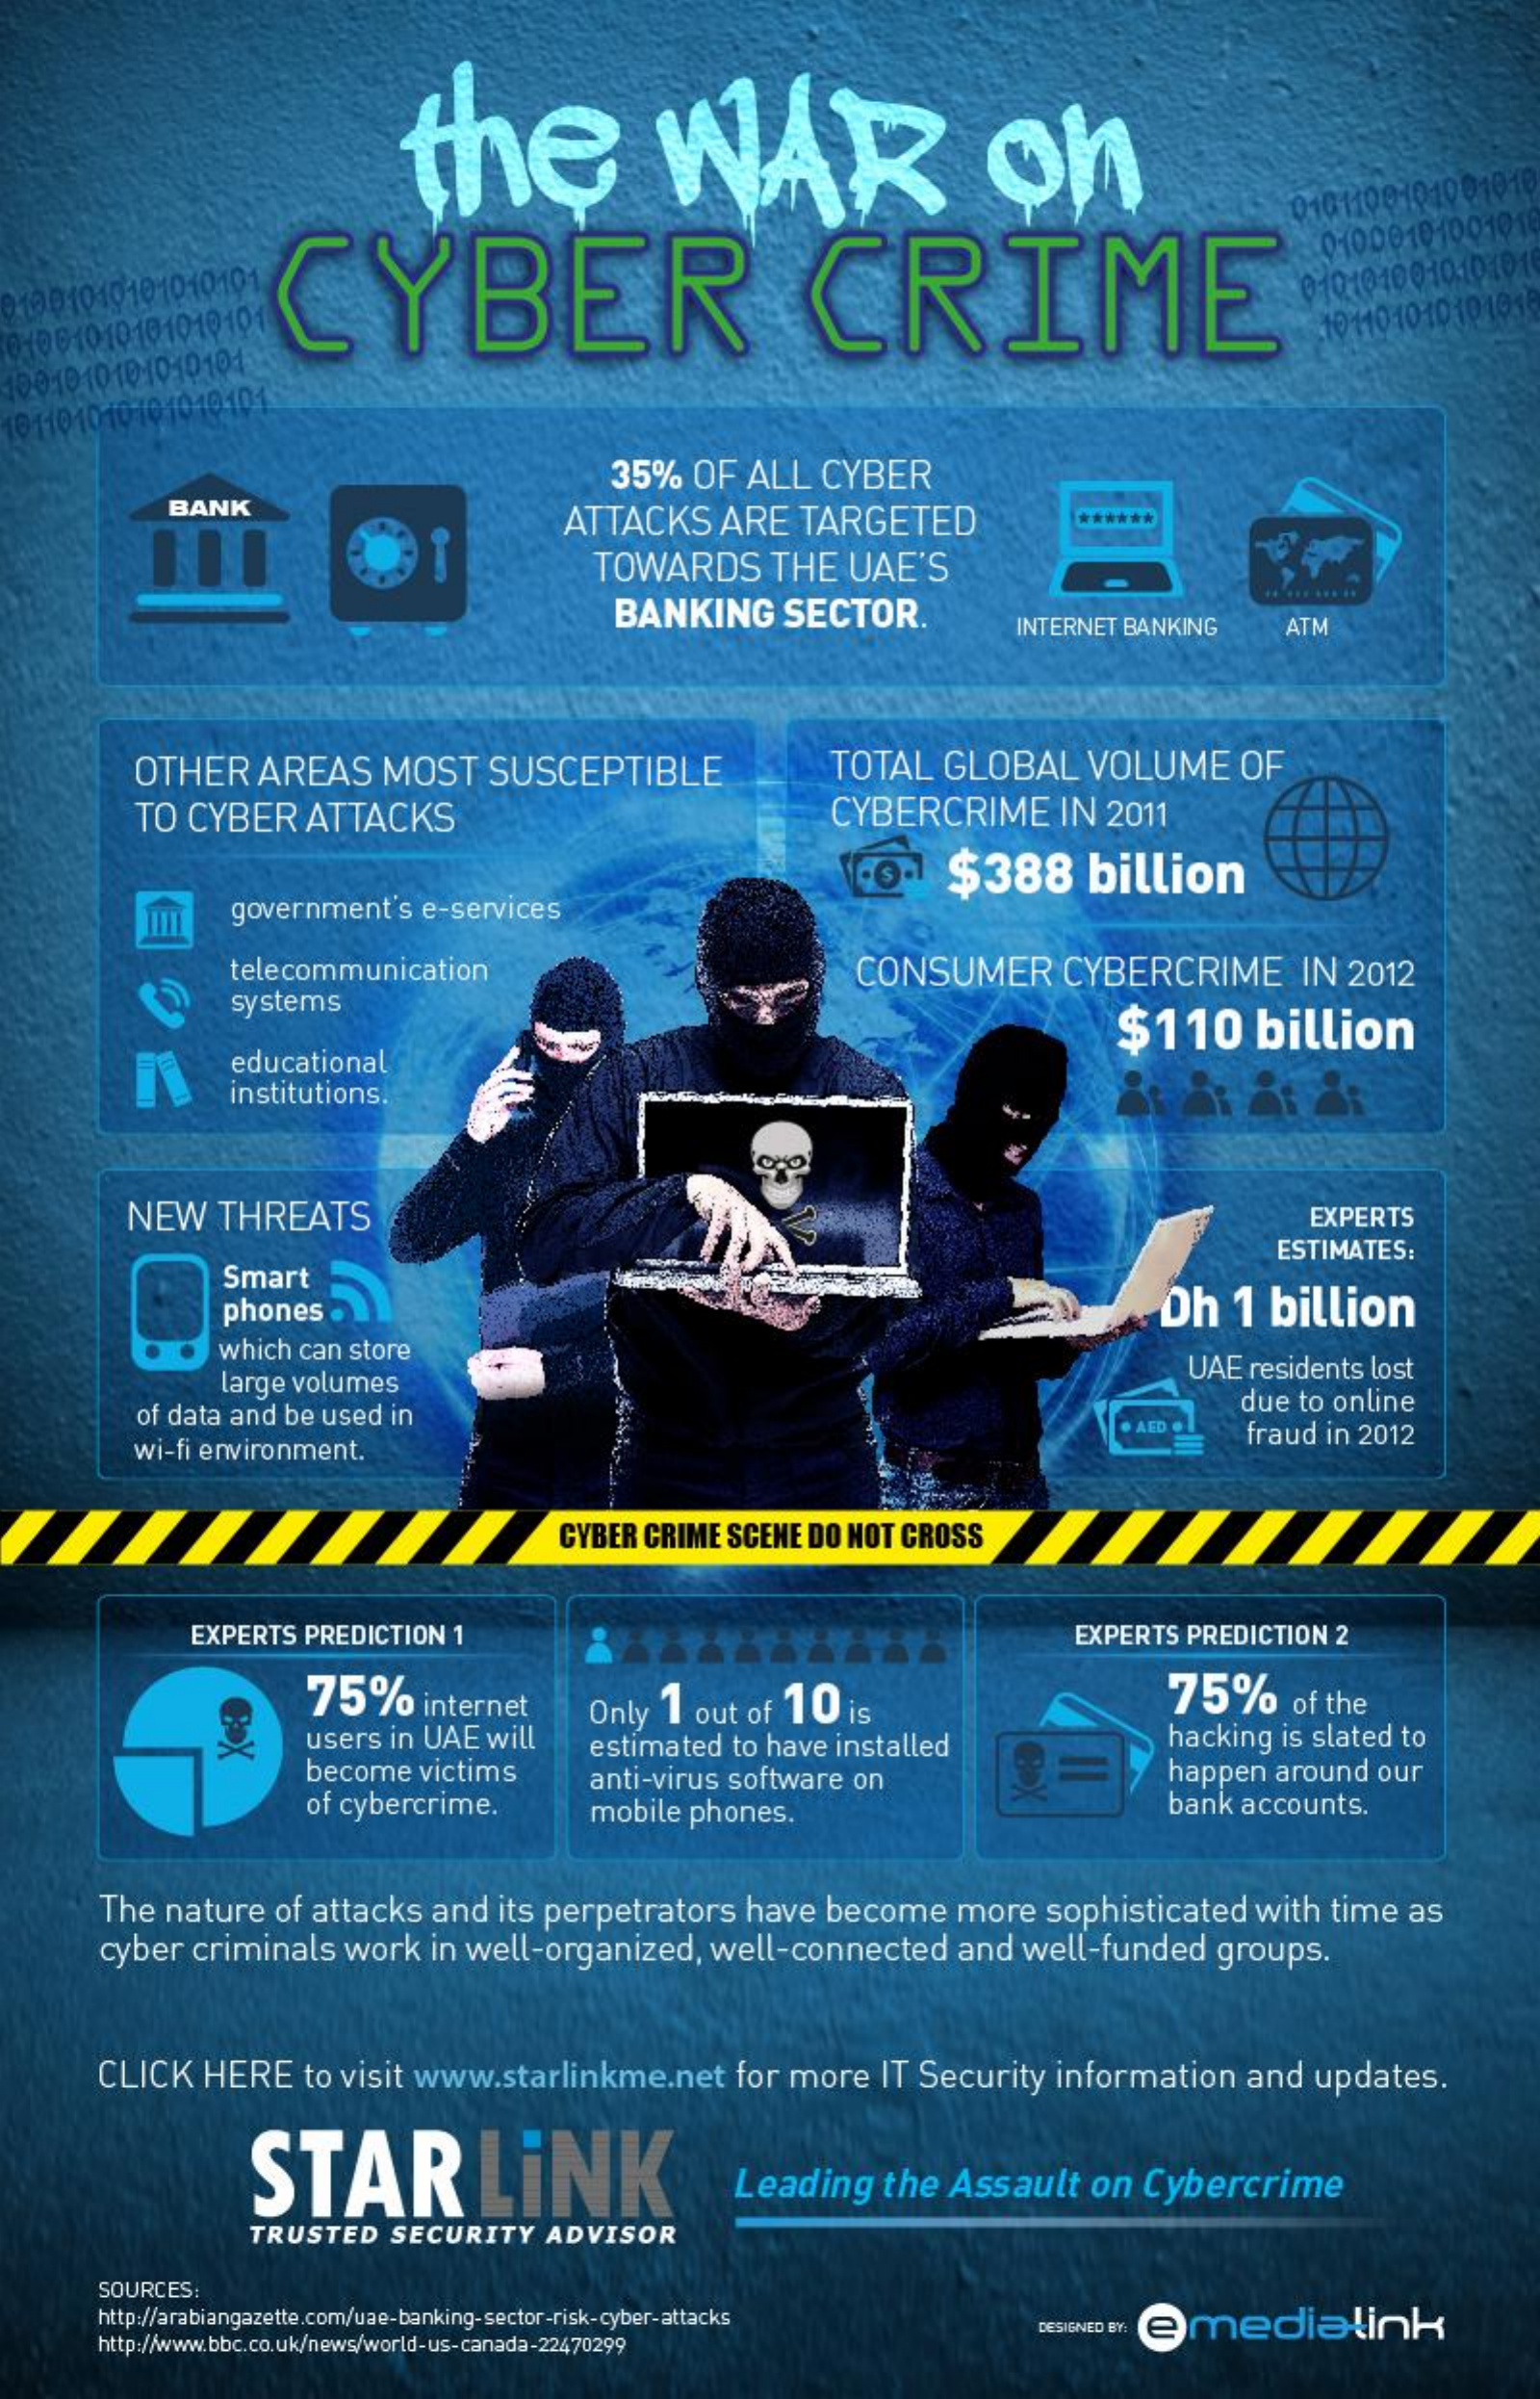
the    WAR    on
     0101100101001010
     CYBER    CRIME 91001010101010101
  01061010101010101    10110101010101
  100101010-1010101
  101101010-101019101
     35% OF ALL CYBER
     BANK
     ATTACKS ARE TARGETED    ******
     TOWARDS   THE UAE'S
     BANKING  SECTOR.
     INTERNET BANKING ATM
     OTHER  AREAS  MOST SUSCEPTIBLE    TOTAL GLOBAL  VOLUME  OF
     TO CYBER ATTACKS    CYBERCRIME  IN 2011
     co.] $388   billion
     government's e-services
     telecommunication    CONSUMER   CYBERCRIME   IN 2012
     systems
     $110   billion
     educational
     institutions.
     NEW  THREATS    EXPERTS
     Smart
     ESTIMATES:
     phones .    Dh 1 billion
     which can store
     large volumes
     UAE residents lost
     of data and be used in    due to online
     wi-fi environment.
     . AFD
     fraud in 2012
     CYBER CRIME SCENE DO NOT CROSS
     EXPERTS PREDICTION 1    EXPERTS PREDICTION 2
     75%   internet Only 1 out of 10
     users in UAE will
     is    75%    of the
     hacking is slated to
     become victims
     estimated to have installed
     of cybercrime.
     anti-virus software on    happen around our
     mobile phones.    bank accounts.
     The nature of attacks and its perpetrators have become more sophisticated with time as
     cyber criminals work in well-organized, well-connected and well-funded groups.
     CLICK HERE to visit www.starlinkme.net for more IT Security information and updates.
     STAR    LINK    Leading the Assault on Cybercrime
     TRUSTED SECURITY ADVISOR
     http://arabiangazette.com/uae-banking-sector-risk-cyber-attacks
     SOURCES:
     http://www.bbc.co.uk/news/world-us-canada-22470299
     DESIGNED BY emedialink